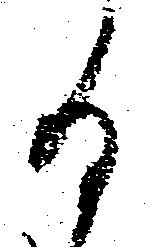
る